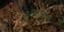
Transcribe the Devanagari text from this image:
अभाग्य